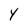
Character: Y